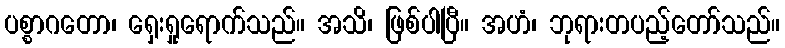
ပစ္စာဂတော၊ ရှေးရှုရောက်သည်။ အသိ၊ ဖြစ်ပါပြီ။ အဟံ၊ ဘုရားတပည့်တော်သည်။